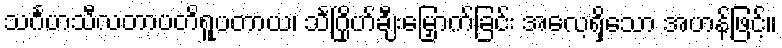
သင်္ဂဟသီလတာပတိရူပတာယ၊ သင်္ဂြိုဟ်ချီးမြှောက်ခြင်း အလေ့ရှိသော အဟန်ဖြင့်။